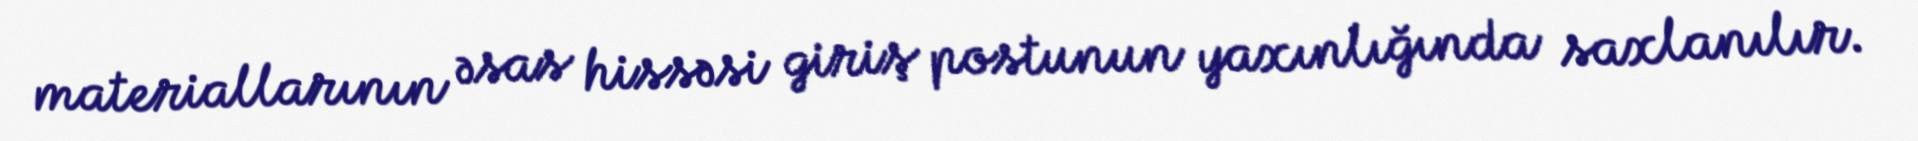
materiallarının əsas hissəsi giriş postunun yaxınlığında saxlanılır.